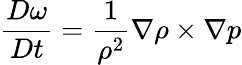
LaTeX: {\frac{D\omega}{Dt}}={\frac{1}{\rho^{2}}}\nabla\rho\times\nabla p